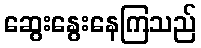
ဆွေးနွေးနေကြသည်